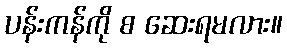
ပန်းကန်ကို စ ဆေးရမလား။